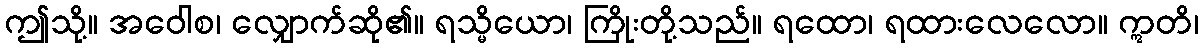
ဤသို့။ အဝေါစ၊ လျှောက်ဆို၏။ ရသ္မိယော၊ ကြိုးတို့သည်။ ရထော၊ ရထားလေလော။ ဣတိ၊